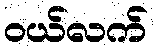
ဝယ်လက်